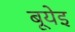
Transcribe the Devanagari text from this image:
बूयेइ